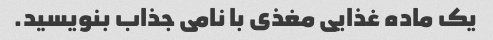
یک ماده غذایی مغذی با نامی جذاب بنویسید.